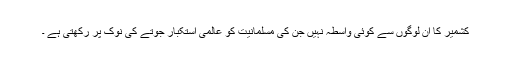
کشمیر کا ان لوگوں سے کوئی واسطہ نہیں جن کی مسلمانیت کو عالمی استکبار جوتے کی نوک پر رکھتی ہے ۔